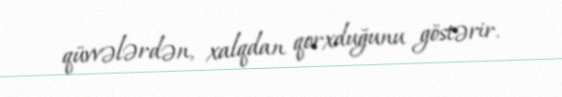
qüvvələrdən, xalqdan qorxduğunu göstərir.